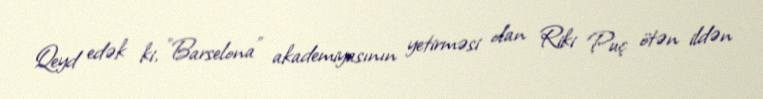
Qeyd edək ki, "Barselona" akademiyasının yetirməsi olan Riki Puç ötən ildən